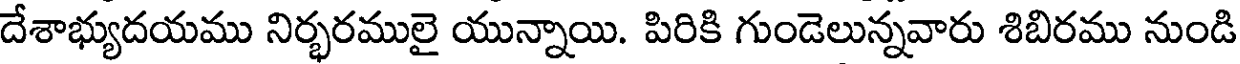
దేశాభ్యుదయము నిర్భరములై యున్నాయి. పిరికి గుండెలున్నవారు శిబిరము నుండి